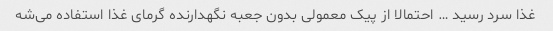
غذا سرد رسید … احتمالا از پیک معمولی بدون جعبه نگهدارنده گرمای غذا استفاده می‌شه